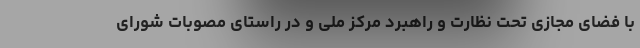
با فضای مجازی تحت نظارت و راهبرد مرکز ملی و در راستای مصوبات شورای